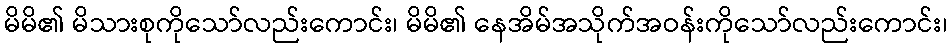
မိမိ၏ မိသားစုကိုသော်လည်းကောင်း၊ မိမိ၏ နေအိမ်အသိုက်အဝန်းကိုသော်လည်းကောင်း၊